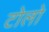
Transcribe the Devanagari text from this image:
टोलो